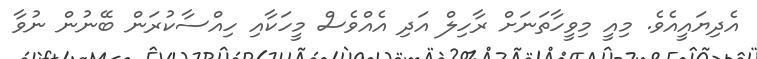
އެދިޔައީއެވެ. މިއީ މިވީހާތަނަށް ރާހިލް އަދި އެއްވެސް މީހަކާއި ހިއްސާކުރަން ބޭނުން ނުވާ